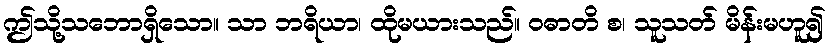
ဤသို့သဘောရှိသော။ သာ ဘရိယာ၊ ထိုမယားသည်။ ဝဓာတိ စ၊ သူသတ် မိန်းမဟူ၍